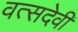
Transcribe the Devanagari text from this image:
वत्सदेवी